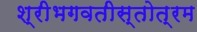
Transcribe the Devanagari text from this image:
श्रीभगवतीस्तोत्रम